Trukikaitis_Postimees, lk 222
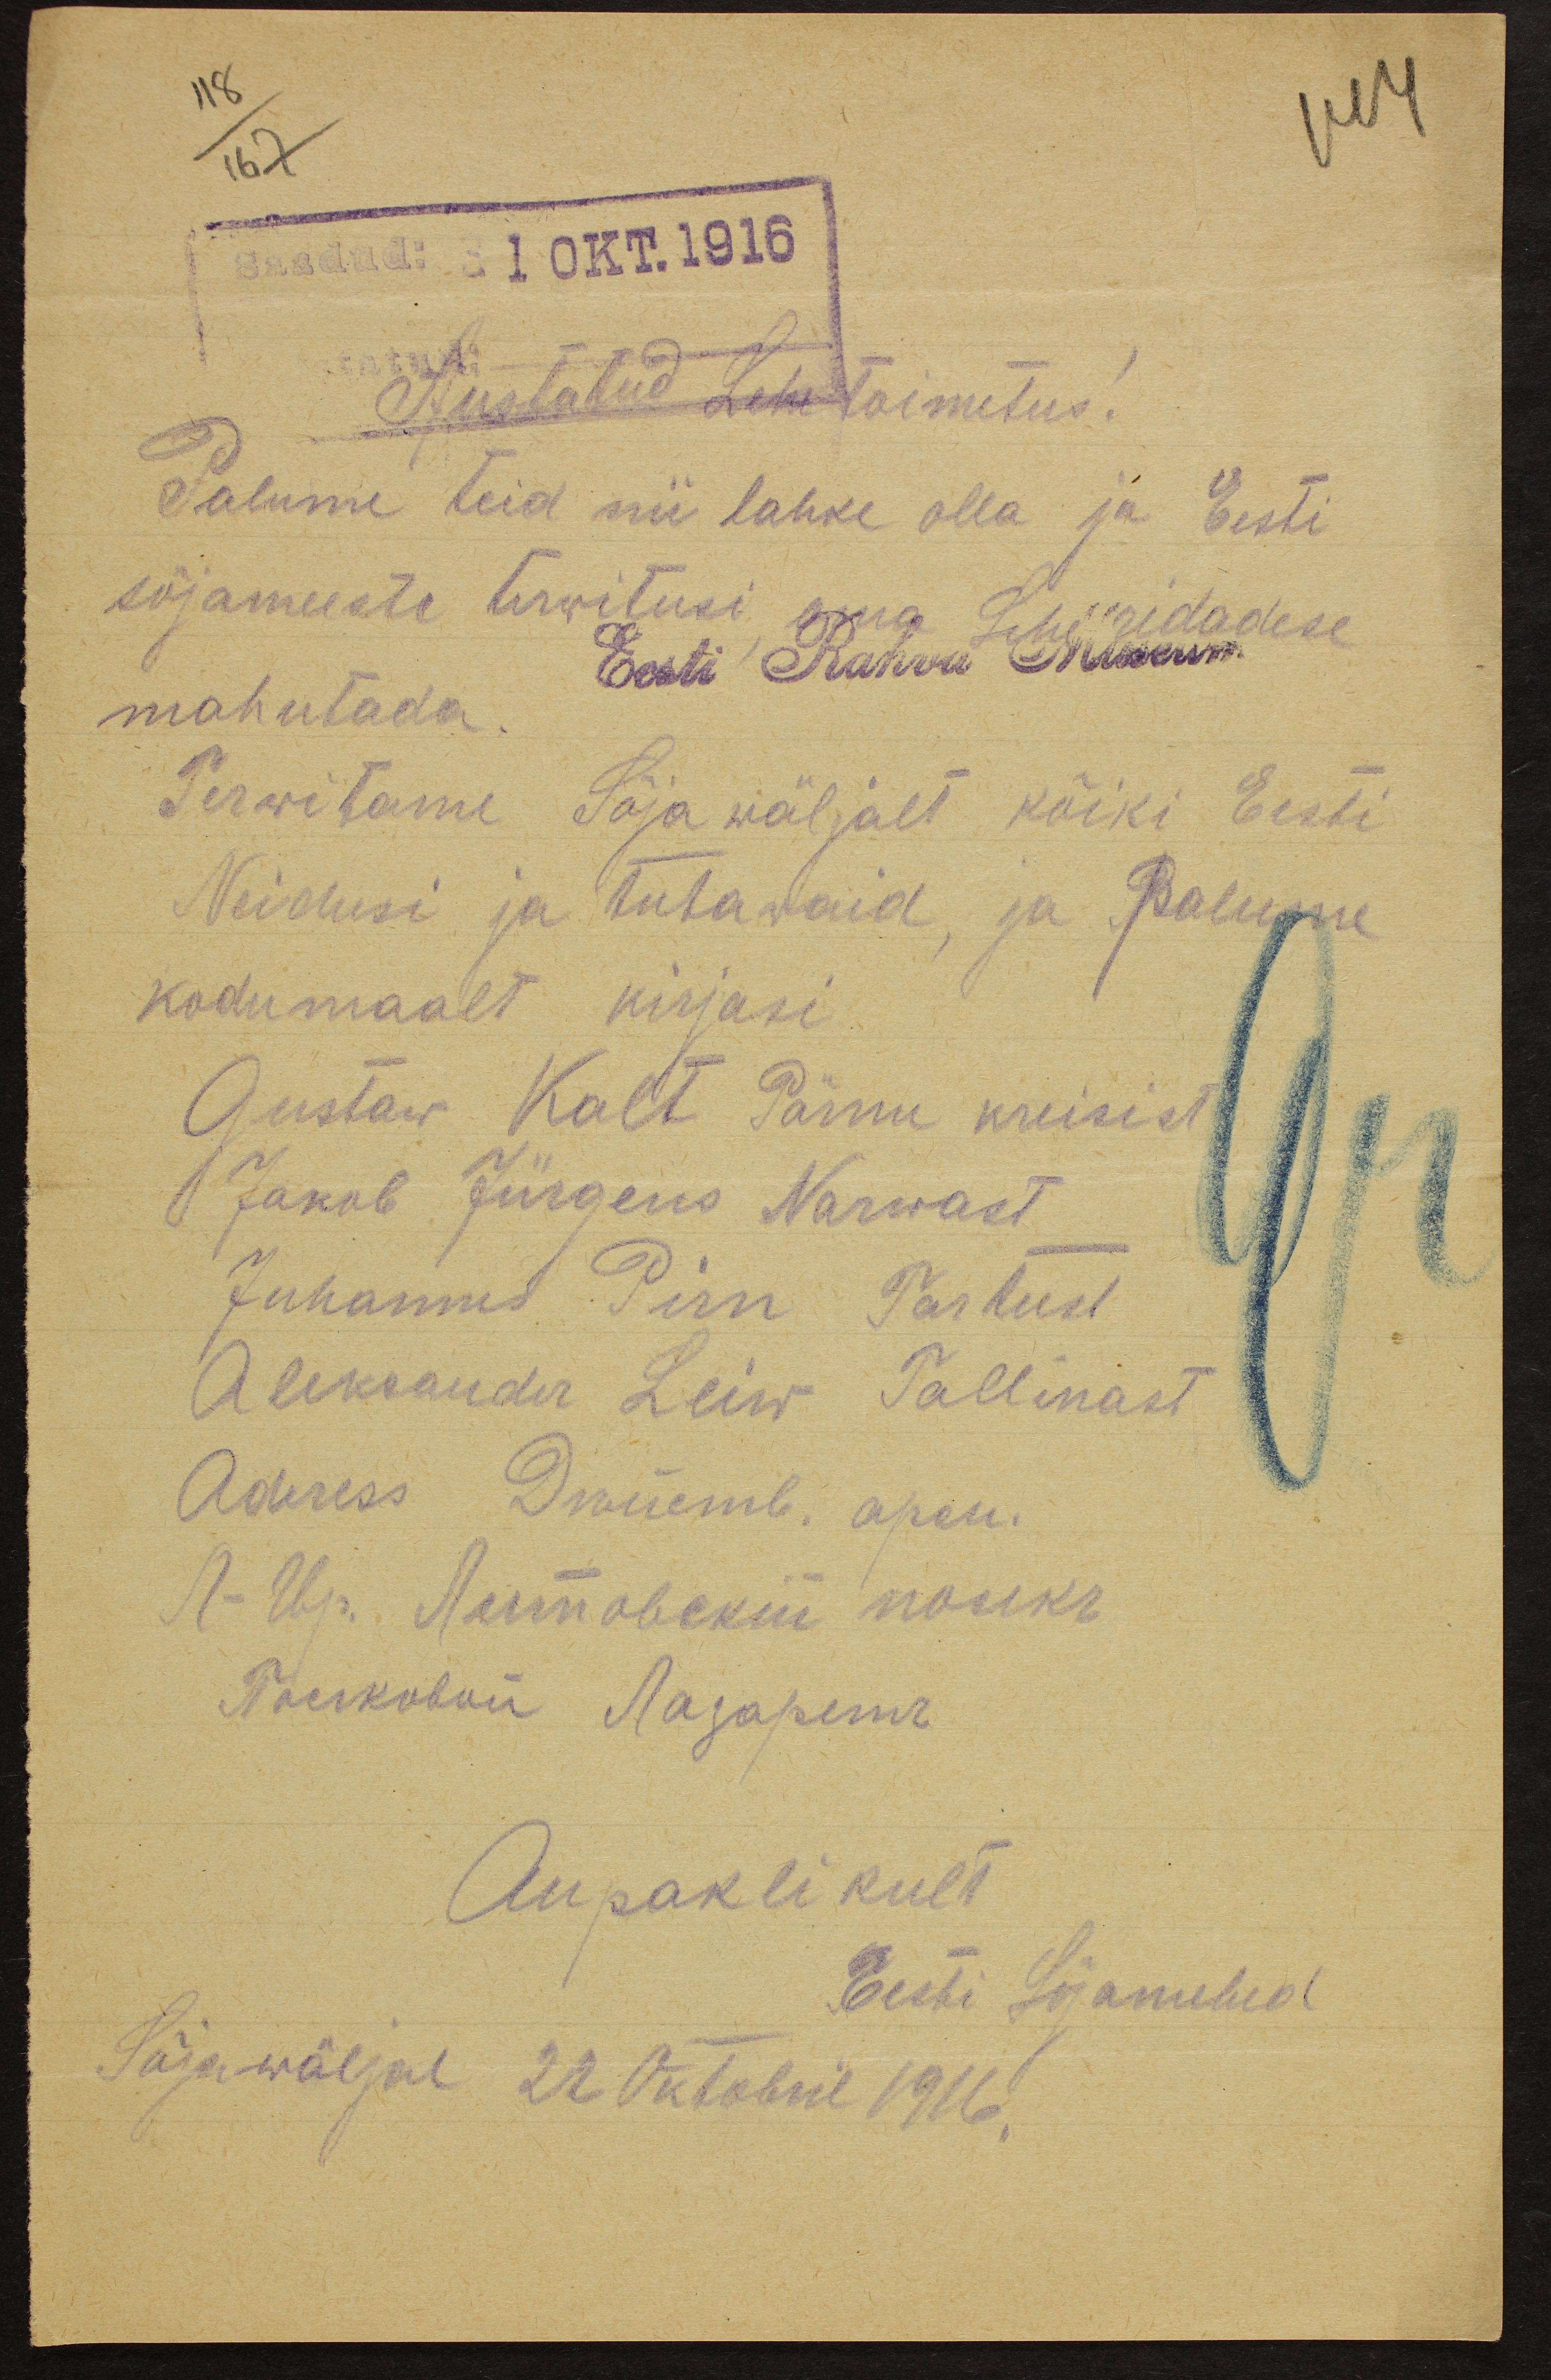
118/167
Saadud: 31 OKT.1916
Austatud Lehe toimetus!
Palume teid nii lahke olla ja Eesti
sõjameeste turwitusi oma Lehe ridadese
mahutada.
Terwitame Sõja wäljalt kõiki Eesti
Neidusi ja tutawaid, ja palume
kodumaalt kirjasi
Gustaw Kalt Pärnu kreisist
Jakob Jürgens Narwast
Juhannes Pirn Tartust
Aleksander Leiw Tallinast
Adress Кшеть. дрон.
Aupaklikult
Eesti Sõjamehed
Sõjawäljal 22 Oktobril 1916.